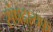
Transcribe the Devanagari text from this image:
संप्रदायफ़